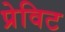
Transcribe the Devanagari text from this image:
प्रेविट